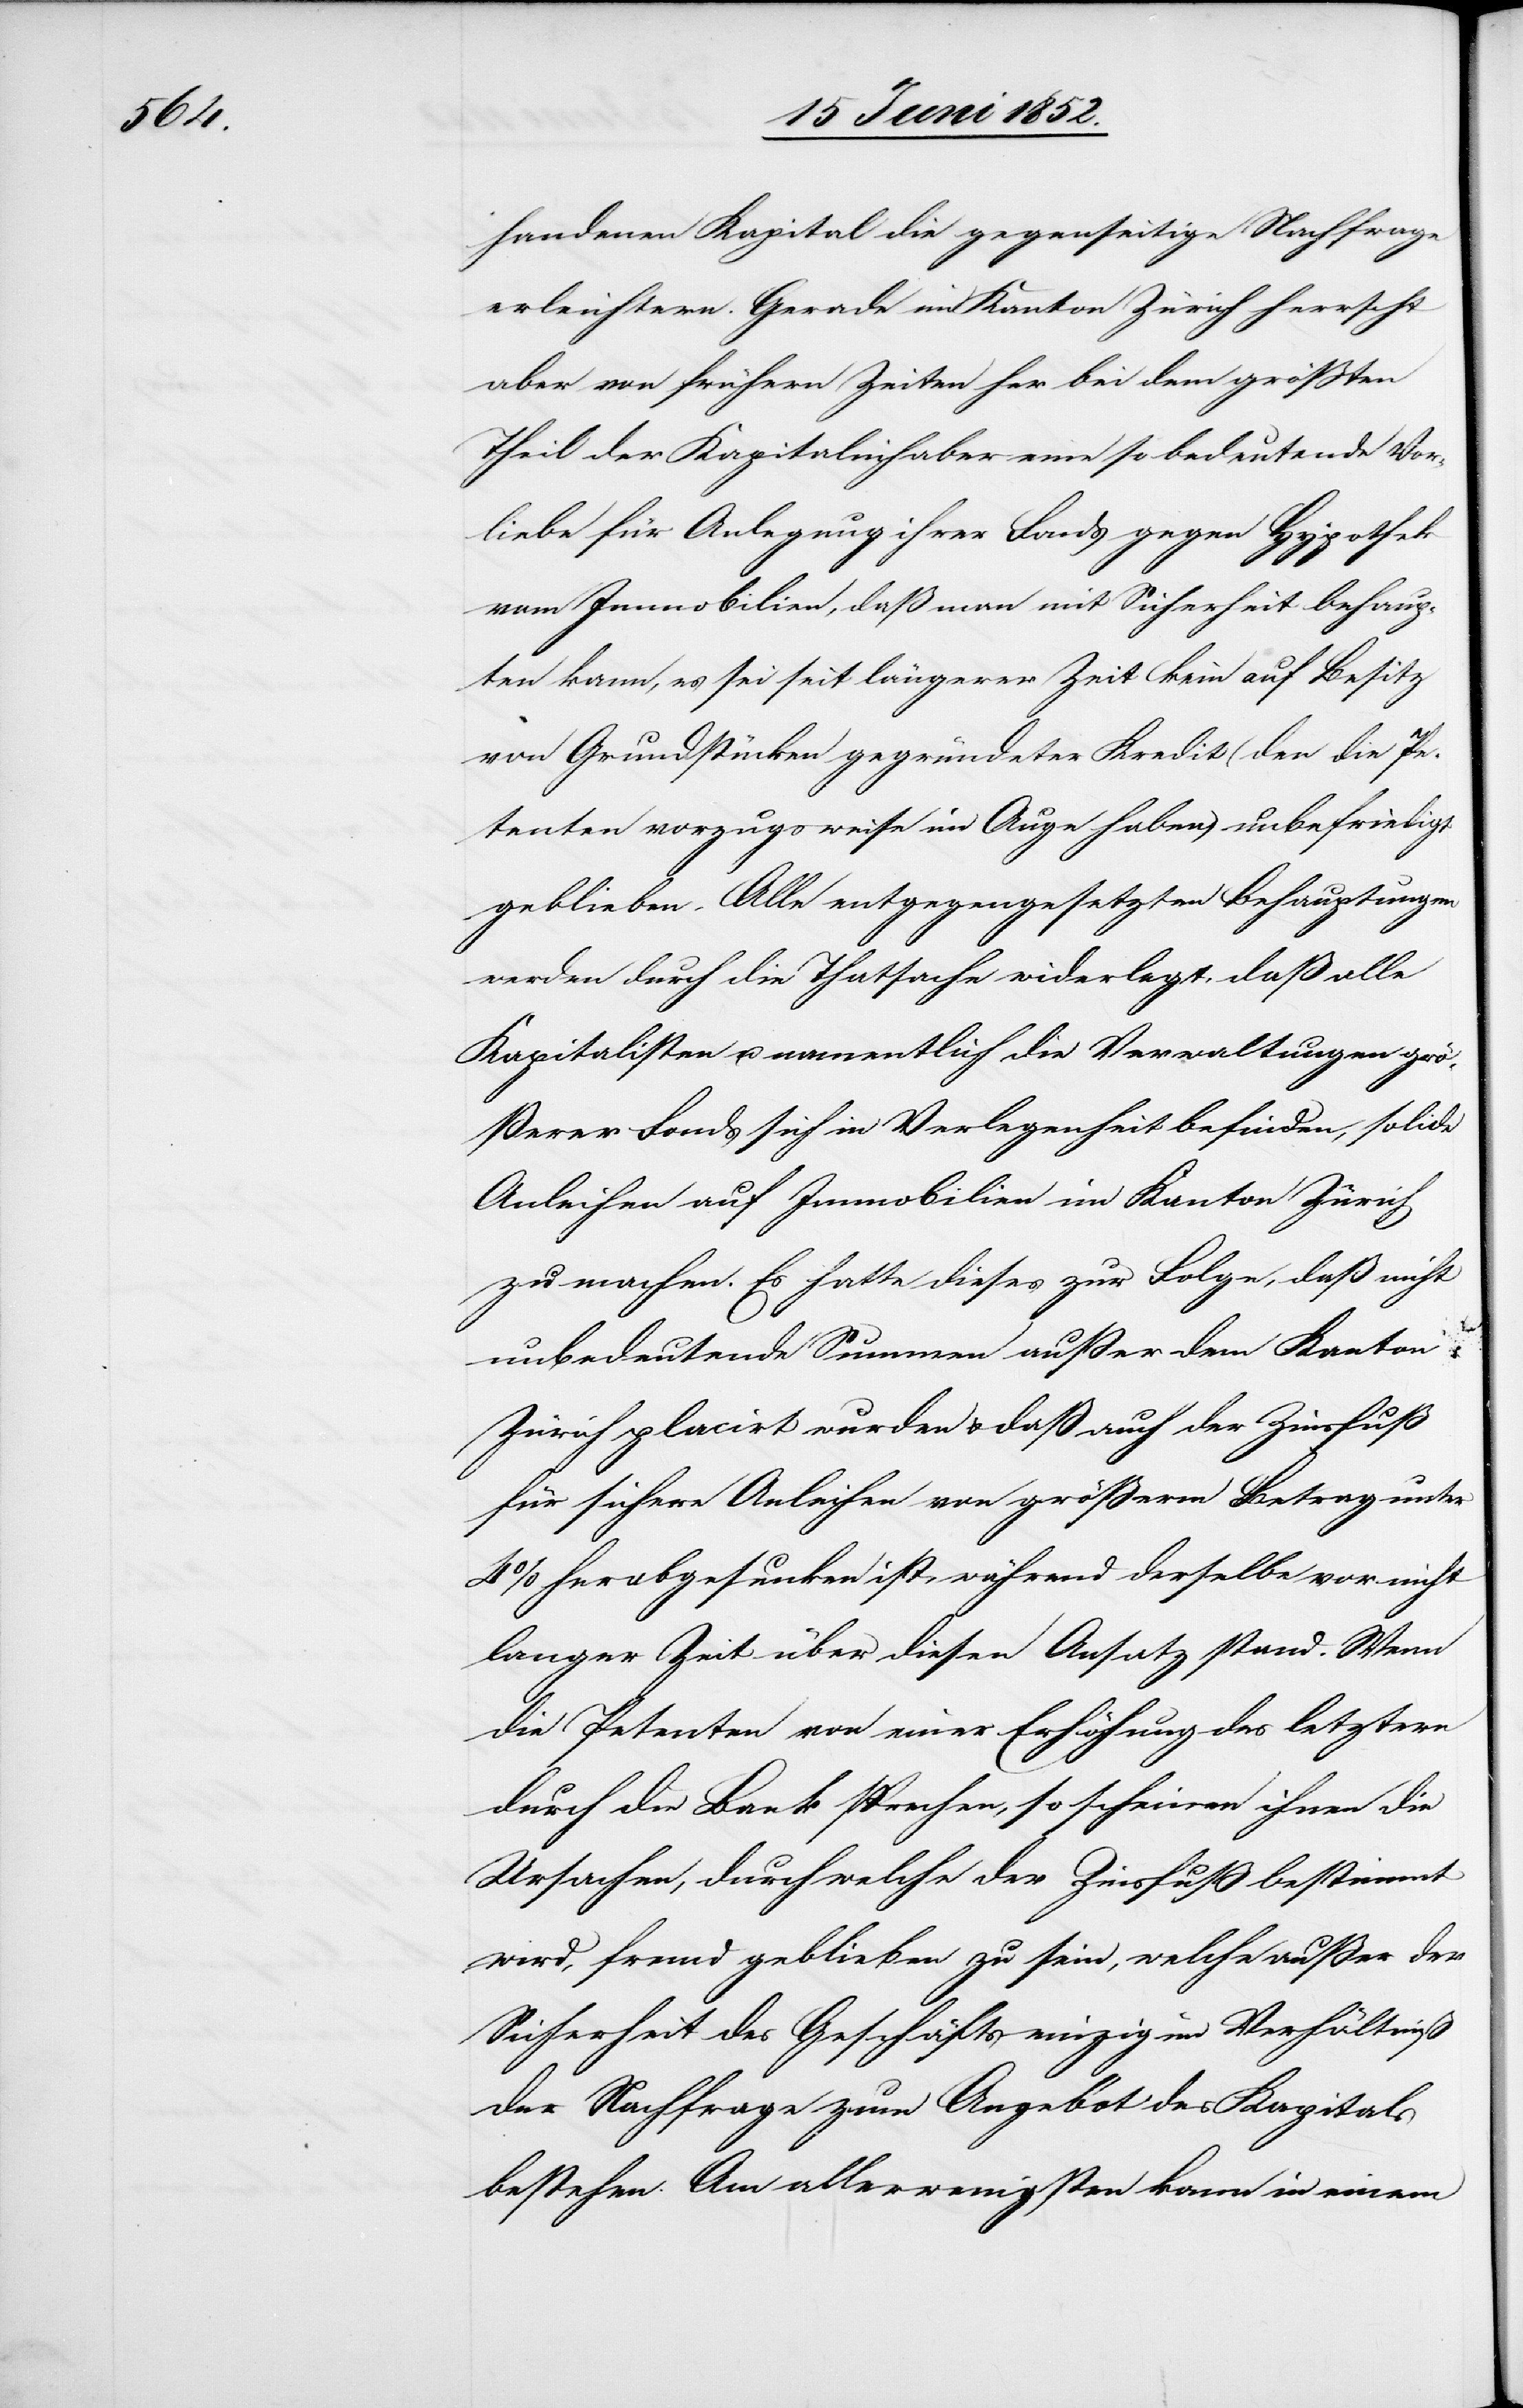
handenen Kapital die gegenseitige Nachfrage
erleichtern. Gerade im Kanton Zürich herrscht
aber von frühern Zeiten her bei dem grössten
Theil der Kapitalinhaber eine so bedeutende Vor¬
liebe für Anlegung ihrer Fonds gegen Hypothek
Immobilien, daß man mit Sicherheit behaup¬
ten kann, es sei seit längerer Zeit kein auf Besitz
von Grundstücken gegründeter Kredit (den die Pe¬
tenten vorzugsweise im Auge haben) unbefriedigt
geblieben. Alle entgegengesetzten Behauptungen
werden durch die Thatsache widerlegt, daß alle
Kapitalisten u. namentlich die Verwaltungen grö¬
ßerer Fonds sich in Verlegenheit befinden, solide
Anleihen auf Immobilien im Kanton Zürich
zu machen. Es hatte dieses zur Folge, daß nicht
unbedeutende Summen außer dem Kanton
Zürich placirt wurden & daß auch der Zinsfuß
für sichere Anleihen von größerm Betrag unter
4% herabgesunken ist, während derselbe vor nicht
langer Zeit über diesen Ansatz stand. Wenn
die Petenten von einer Erhöhung des letztern
durch die Bank sprechen, so scheinen ihnen die
Ursachen, durch welche der Zinsfuß bestimmt
wird, fremd geblieben zu sein, welche außer der
Sicherheit des Geschäfts einzig im Verhältniß
der Nachfrage zum Angebot des Kapitals
bestehen. Am allerwenigsten kann in einem